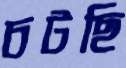
চটছি